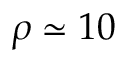
\rho \simeq 1 0